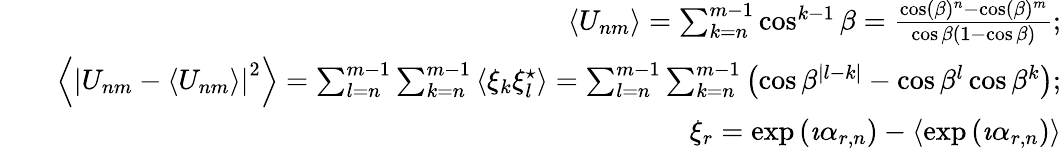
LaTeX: \begin{array}{rlr}&{}&{\left\langle U_{nm}\right\rangle=\sum_{k=n}^{m-1}\cos^{k-1}\beta=\frac{\cos(\beta)^{n}-\cos(\beta)^{m}}{\cos\beta(1-\cos\beta)};}\\ &{}&{\left\langle\left|U_{nm}-\left\langle U_{nm}\right\rangle\right|^{2}\right\rangle=\sum_{l=n}^{m-1}\sum_{k=n}^{m-1}\left\langle\xi_{k}\xi_{l}^{\star}\right\rangle=\sum_{l=n}^{m-1}\sum_{k=n}^{m-1}\left(\cos\beta^{|l-k|}-\cos\beta^{l}\cos\beta^{k}\right);}\\ &{}&{\xi_{r}=\exp\left(\imath\alpha_{r,n}\right)-\left\langle\exp\left(\imath\alpha_{r,n}\right)\right\rangle}\end{array}